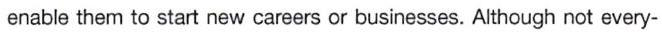
enable them to start new careers or businesses. Although not every-